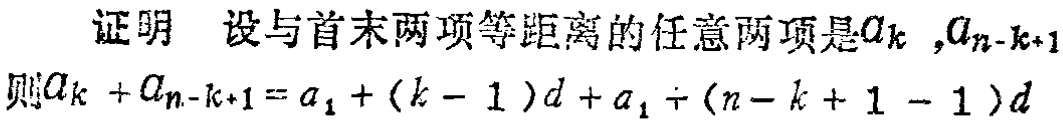
证明 设与首末两项等距离的任意两项是\(a_{k}\)，\(a_{n - k + 1}\)。

则\(a_{k}+a_{n - k + 1}=a_{1}+(k - 1)d+a_{1}+(n - k + 1 - 1)d\)